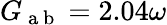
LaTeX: G_{\mathrm{~a~b~}}=2.04\omega